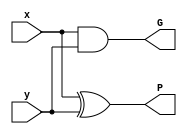
`timescale 1 ns / 1 ps

//////////////////////////////////////////////////////////////////////////////////
// Course: EE 312 - Embedded Systems
// Instructor: Dr. Gaurav Trivedi
// Teaching Assistant: Mr. Gadipelli Sriharsha Satyanarayan (204102405)
// Students: Pradeep Kumar Rajoriya (190108039),
//           Prashant Pandey (190108040),
//           Pravin Kumar Sethi (190108041),
//           Raut Ashutosh Satish (190108042)
// 
// Design Name: Arithmetic Logical Unit
// Module Name: ALU
// Project Name: Experiment 10 (Course Project)
// Target Devices: Nexys4 DDR FPGA
// Tool Versions: Vivado 2020.2
// Description: ALU performs addition, subtraction, multiplication, AND, OR, NOT,
//              XOR and NOP based on 8-bit Kogge-Stone Adder
// Dependencies: 
// 
// Revision:
// Revision 0.01 - File Created
// Additional Comments:
// 
//////////////////////////////////////////////////////////////////////////////////

module PreProcessingGP (
    input x,
    input y,
    output G,
    output P
);

    assign G = (x & y);
    assign P = (x ^ y);

endmodule

module GrayCell (
    input Gikp1,
    input Pikp1,
    input Gkj,
    output Gij
);

    assign Gij = (Gikp1 | (Pikp1 & Gkj));

endmodule

module BlackCell (
    input Gikp1,
    input Pikp1,
    input Gkj,
    input Pkj,
    output Gij,
    output Pij
);

    assign Gij = (Gikp1 | (Pikp1 & Gkj));
    assign Pij = (Pikp1 & Pkj);

endmodule

module EightBitKoggeStoneAdder (
    input [7:0] A,
    input [7:0] B,
    input Cin,
    output Cout,
    output [7:0] S,
    output overflowFlag
);

    wire [7:0] G0, P0, G1, P1, G2, P2, G3, P3;

    // preprocessing layer
    PreProcessingGP GP0 (A[0], B[0], G0[0], P0[0]);
    PreProcessingGP GP1 (A[1], B[1], G0[1], P0[1]);
    PreProcessingGP GP2 (A[2], B[2], G0[2], P0[2]);
    PreProcessingGP GP3 (A[3], B[3], G0[3], P0[3]);
    PreProcessingGP GP4 (A[4], B[4], G0[4], P0[4]);
    PreProcessingGP GP5 (A[5], B[5], G0[5], P0[5]);
    PreProcessingGP GP6 (A[6], B[6], G0[6], P0[6]);
    PreProcessingGP GP7 (A[7], B[7], G0[7], P0[7]);

    // carry lookahead - layer 1
    GrayCell GC10 (G0[0], P0[0], Cin, G1[0]);
    BlackCell BC11 (G0[1], P0[1], G0[0], P0[0], G1[1], P1[1]);
    BlackCell BC12 (G0[2], P0[2], G0[1], P0[1], G1[2], P1[2]);
    BlackCell BC13 (G0[3], P0[3], G0[2], P0[2], G1[3], P1[3]);
    BlackCell BC14 (G0[4], P0[4], G0[3], P0[3], G1[4], P1[4]);
    BlackCell BC15 (G0[5], P0[5], G0[4], P0[4], G1[5], P1[5]);
    BlackCell BC16 (G0[6], P0[6], G0[5], P0[5], G1[6], P1[6]);
    BlackCell BC17 (G0[7], P0[7], G0[6], P0[6], G1[7], P1[7]);

    // carry lookahead - layer 2
    GrayCell GC21 (G1[1], P1[1], Cin, G2[1]);
    GrayCell GC22 (G1[2], P1[2], G1[0], G2[2]);
    BlackCell BC23 (G1[3], P1[3], G1[1], P1[1], G2[3], P2[3]);
    BlackCell BC24 (G1[4], P1[4], G1[2], P1[2], G2[4], P2[4]);
    BlackCell BC25 (G1[5], P1[5], G1[3], P1[3], G2[5], P2[5]);
    BlackCell BC26 (G1[6], P1[6], G1[4], P1[4], G2[6], P2[6]);
    BlackCell BC27 (G1[7], P1[7], G1[5], P1[5], G2[7], P2[7]);

    // carry lookahead - layer 3
    GrayCell GC33 (G2[3], P2[3], Cin, G3[3]);
    GrayCell GC34 (G2[4], P2[4], G1[0], G3[4]);
    GrayCell GC35 (G2[5], P2[5], G2[1], G3[5]);
    GrayCell GC36 (G2[6], P2[6], G2[2], G3[6]);
    BlackCell BC37 (G2[7], P2[7], G2[3], P2[3], G3[7], P3[7]);

    // carry lookahead - layer 4
    GrayCell GC47 (G3[7], P3[7], Cin, Cout);

    // post-processing - sum bits
    assign S[0] = (Cin ^ P0[0]);
    assign S[1] = (G1[0] ^ P0[1]);
    assign S[2] = (G2[1] ^ P0[2]);
    assign S[3] = (G2[2] ^ P0[3]);
    assign S[4] = (G3[3] ^ P0[4]);
    assign S[5] = (G3[4] ^ P0[5]);
    assign S[6] = (G3[5] ^ P0[6]);
    assign S[7] = (G3[6] ^ P0[7]);

    // overflow flag
    assign overflowFlag = (G3[6] ^ Cout);

endmodule

module Adder16Bit (
    input [15:0] A,
    input [15:0] B,
    input Cin,
    output Cout,
    output [15:0] O,
    output overflowFlag
);

    wire C_i;
    wire dummyOverflow;

    EightBitKoggeStoneAdder A1 (A[7:0], B[7:0], Cin, C_i, O[7:0], dummyOverflow);
    EightBitKoggeStoneAdder A2 (A[15:8], B[15:8], C_i, Cout, O[15:8], overflowFlag);

endmodule

module ALU (
    input [7:0] A,
    input [7:0] B,
    input [2:0] S,
    output reg [15:0] O,
    output reg zeroFlag,
    output reg carryFlag,
    output reg signFlag,
    output reg overflowFlag
);

    parameter [2:0] Addition = 3'b000,
                    Subtraction = 3'b001,
                    Multiplication = 3'b010,
                    AND = 3'b011,
                    OR = 3'b100,
                    NOT = 3'b101,
                    XOR = 3'b110;

    wire carryFlag_A, overflowFlag_A, carryFlag_S, overflowFlag_S;
    wire [7:0] Add, Sub;
    wire [7:0] Ap_i, Bp_i;
    wire [7:0] Ap, Bp;
    wire [7:0] And, Or, Not, Xor;
    wire sign;
    wire dummyA, dummyB, dummyC, dummyD, dummyE, dummyF, dummyG, dummyH, dummyI, dummyJ;
    wire dummyA1, dummyB1, dummyC1, dummyD1, dummyE1, dummyF1, dummyG1, dummyH1, dummyI1, dummyJ1;
    wire [15:0] Mul, MulA, MulB, MulC, MulD, MulE, MulF, MulG, MulH, MulI;

    EightBitKoggeStoneAdder MA (A, B, 1'b0, carryFlag_A, Add, overflowFlag_A);

    EightBitKoggeStoneAdder MS1 ((~B), 8'd0, 1'b1, dummyB, Bp_i, dummyB1);
    EightBitKoggeStoneAdder MS2 (A, Bp_i, 1'b0, carryFlag_S, Sub, overflowFlag_S);

    EightBitKoggeStoneAdder MM1 ((~A), 8'd0, 1'b1, dummyA, Ap_i, dummyA1);

    assign sign = (A[7] ^ B[7]);

    assign Ap = (({8{A[7]}} & Ap_i) | (({8{~A[7]}}) & A));
    assign Bp = (({8{B[7]}} & Bp_i) | (({8{~B[7]}}) & B));

    assign MulA = {8'd0, ({8{Ap[0]}} & Bp)};
    Adder16Bit MM2 (MulA, {7'd0, ({8{Ap[1]}} & Bp), 1'b0}, 1'b0, dummyC, MulB, dummyC1);
    Adder16Bit MM3 (MulB, {6'd0, ({8{Ap[2]}} & Bp), 2'd0}, 1'b0, dummyD, MulC, dummyD1);
    Adder16Bit MM4 (MulC, {5'd0, ({8{Ap[3]}} & Bp), 3'd0}, 1'b0, dummyE, MulD, dummyE1);
    Adder16Bit MM5 (MulD, {4'd0, ({8{Ap[4]}} & Bp), 4'd0}, 1'b0, dummyF, MulE, dummyF1);
    Adder16Bit MM6 (MulE, {3'd0, ({8{Ap[5]}} & Bp), 5'd0}, 1'b0, dummyG, MulF, dummyG1);
    Adder16Bit MM7 (MulF, {2'd0, ({8{Ap[6]}} & Bp), 6'd0}, 1'b0, dummyH, MulG, dummyH1);
    Adder16Bit MM8 (MulG, {1'b0, ({8{Ap[7]}} & Bp), 7'd0}, 1'b0, dummyI, MulH, dummyI1);
    Adder16Bit MM9 ((~MulH), 16'd0, 1'b1, dummyJ, MulI, dummyJ1);
    assign Mul = (({16{sign}} & {1'b0, MulI[14:0]}) | (({16{~sign}}) & MulH));

    assign And = {8'd0, (A & B)};
    assign Or = {8'd0, (A | B)};
    assign Not = {8'd0, (~A)};
    assign Xor = {8'd0, (A ^ B)};

    always @ (*)
        begin

            case (S)
                Addition:
                    begin
                        O = {8'd0, Add};
                        zeroFlag = (~|Add);
                        carryFlag = carryFlag_A;
                        signFlag = Add[7];
                        overflowFlag = overflowFlag_A;
                    end

                Subtraction:
                    begin
                        O = {8'd0, Sub};
                        zeroFlag = (~|Sub);
                        carryFlag = carryFlag_S;
                        signFlag = Sub[7];
                        overflowFlag = overflowFlag_S;
                    end

                Multiplication:
                    begin
                        O = Mul;
                        zeroFlag = (~|Mul);
                        carryFlag = 1'b0;
                        signFlag = Mul[14];
                        overflowFlag = 1'b0;
                    end

                AND:
                    begin
                        O = And;
                        zeroFlag = (~|And);
                        carryFlag = 1'b0;
                        signFlag = And[7];
                        overflowFlag = 1'b0;
                    end

                OR:
                    begin
                        O = Or;
                        zeroFlag = (~|Or);
                        carryFlag = 1'b0;
                        signFlag = Or[7];
                        overflowFlag = 1'b0;
                    end

                NOT:
                    begin
                        O = Not;
                        zeroFlag = (~|Not);
                        carryFlag = 1'b0;
                        signFlag = Not[7];
                        overflowFlag = 1'b0;
                    end

                XOR:
                    begin
                        O = Xor;
                        zeroFlag = (~|Xor);
                        carryFlag = 1'b0;
                        signFlag = Xor[7];
                        overflowFlag = 1'b0;
                    end

                default:
                    begin
                        O = 16'd0;
                        zeroFlag = 1'b0;
                        carryFlag = 1'b0;
                        signFlag = 1'b0;
                        overflowFlag = 1'b0;
                    end
            endcase

        end

endmodule